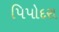
પિપોદરા